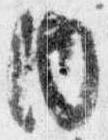
内